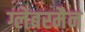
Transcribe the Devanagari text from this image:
ग्लेबरमैन